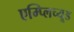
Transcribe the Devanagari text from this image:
एम्प्लिच्यूड